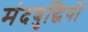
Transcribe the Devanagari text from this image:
मंदबुद्धियों